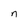
Character: n